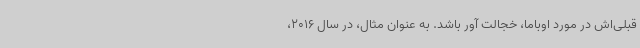
قبلی‌اش در مورد اوباما، خجالت آور باشد. به عنوان مثال، در سال 2016،